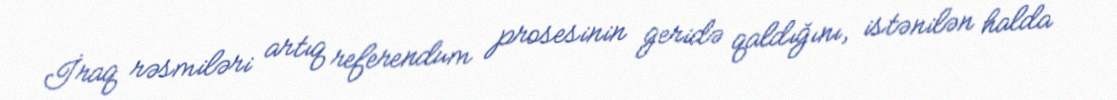
İraq rəsmiləri artıq referendum prosesinin geridə qaldığını, istənilən halda